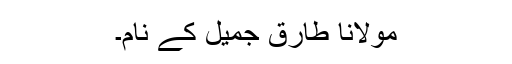
مولانا طارق جمیل کے نام۔